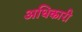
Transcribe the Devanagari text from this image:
अधिकारी